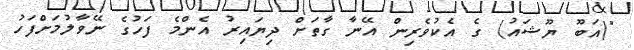
"(އަބޫ ޔޫޝައު) ގެ އެކުވެރިން އޭނާ ގާތަށް ދިޔައިރު އެންމެ ފަހުގެ ނޭވާލުމަށްފަހު